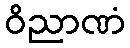
ဝိညာဏံ